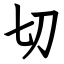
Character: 切